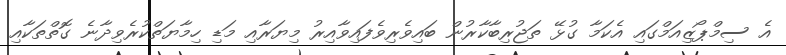
އެ ސިމްޕޯޒިއަމްގައި އެކަމާ ގުޅޭ ތަޖުރިބާކާރުން ބައިވެރިވެފައިވާއިރު މިޔަރާއި މަޑި ހިމާޔަތްކުރެވިދާނެ ގޮތްތަކާއި